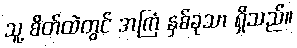
သူ့ စိတ်ထဲတွင် အကြံ နှစ်ခုသာ ရှိသည်။